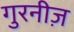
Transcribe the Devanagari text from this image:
गुरनीज़